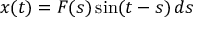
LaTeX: x ( t ) = F ( s ) \sin ( t - s ) \, d s